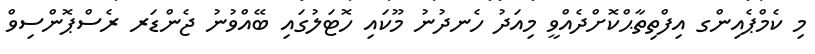
މި ކެމްޕެއިންގ އިފްތިތާޙްކޮށްދެއްވީ މިއަދު ހެނދުނު މޫކައި ހޮޓަލުގައި ބޭއްވުނު ޖެންޑަރ ރެސްޕޮންސިވް